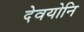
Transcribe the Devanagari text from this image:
देवयोनि